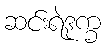
ဆင်းရဲဒုက္ခ